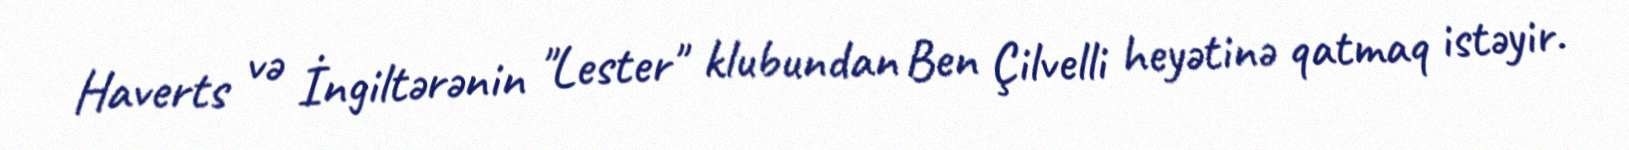
Haverts və İngiltərənin "Lester" klubundan Ben Çilvelli heyətinə qatmaq istəyir.